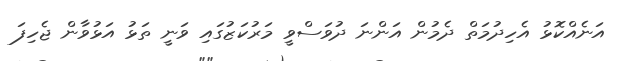
އަނެއްކޮޅު އެހިދުމަތް ދެމުން އަންނަ ދުވަސްވީ މަރުކަޒުގައި ވަނީ ތަޅު އަޅުވާން ޖެހިފަ